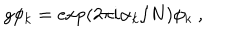
g \phi _ { k } = \exp ( 2 \pi i \alpha _ { k } / N ) \phi _ { k } ~ ,